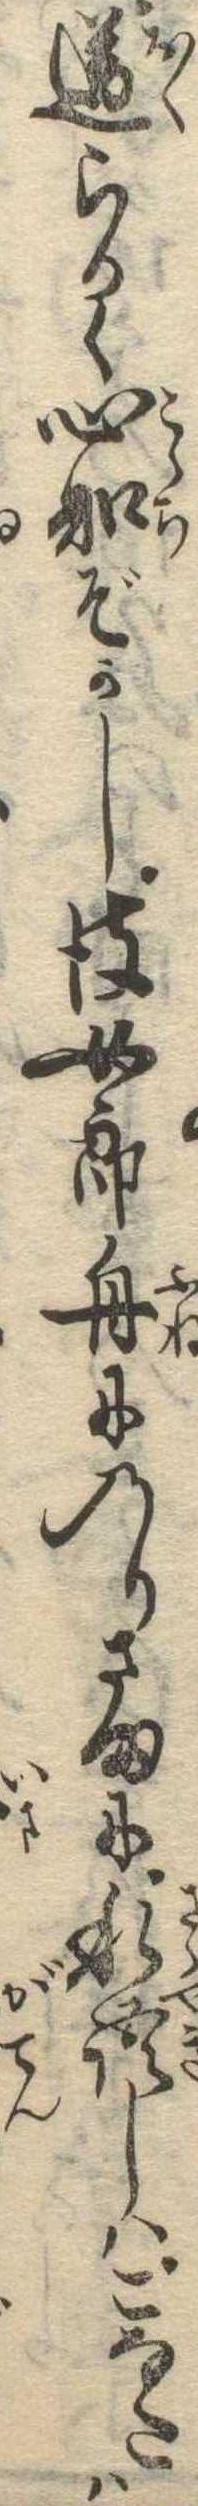
送らるゝ心知ぞかし彼女郎舟にのりさまに私語しはこなたは